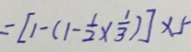
= [ 1 - ( 1 - \frac { 1 } { 2 } \times \frac { 1 } { 3 } ) ] \times 5